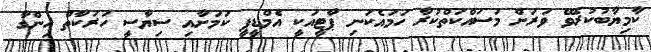
ކާމިޔާބުކުރެވޭ ވަރަށް މަސައްކަތްކުރާ ހަމައެކަނި ޕާޓީއަކީ އެމްޑީޕީ ކަމަށާއި ސިޔާސީ ހަރަކާތް ހިންގާ